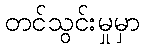
တင်သွင်းမှုမှာ